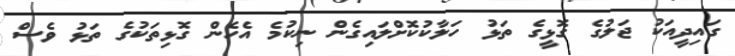
ގައިދީއަކު ޖަލުގެ ގޮޅީގެ ތަޅު ހަލާކުކޮށްލައިގެން ނިކުމެ އެހެން ގޮޅިތަކުގެ ތަޅު ވެސް